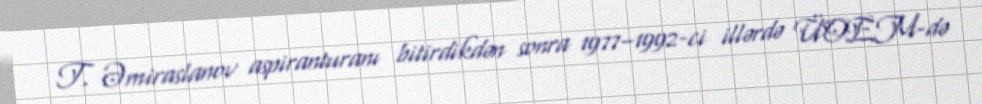
T. Əmiraslanov aspiranturanı bitirdikdən sonra 1977–1992-ci illərdə ÜOEM-də